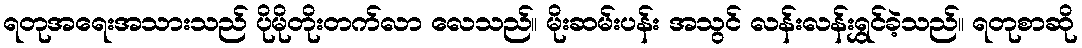
ရတုအရေးအသားသည် ပိုမိုတိုးတက်လာ လေသည်။ မိုးဆမ်းပန်း အသွင် လန်းလန်းရွှင်ခဲ့သည်။ ရတုစာဆို